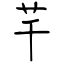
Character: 芊